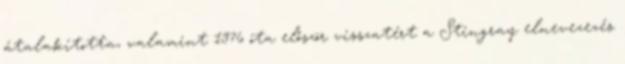
átalakította, valamint 1976 óta először visszatért a Stingray elnevezezés